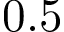
0 . 5